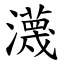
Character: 瀎